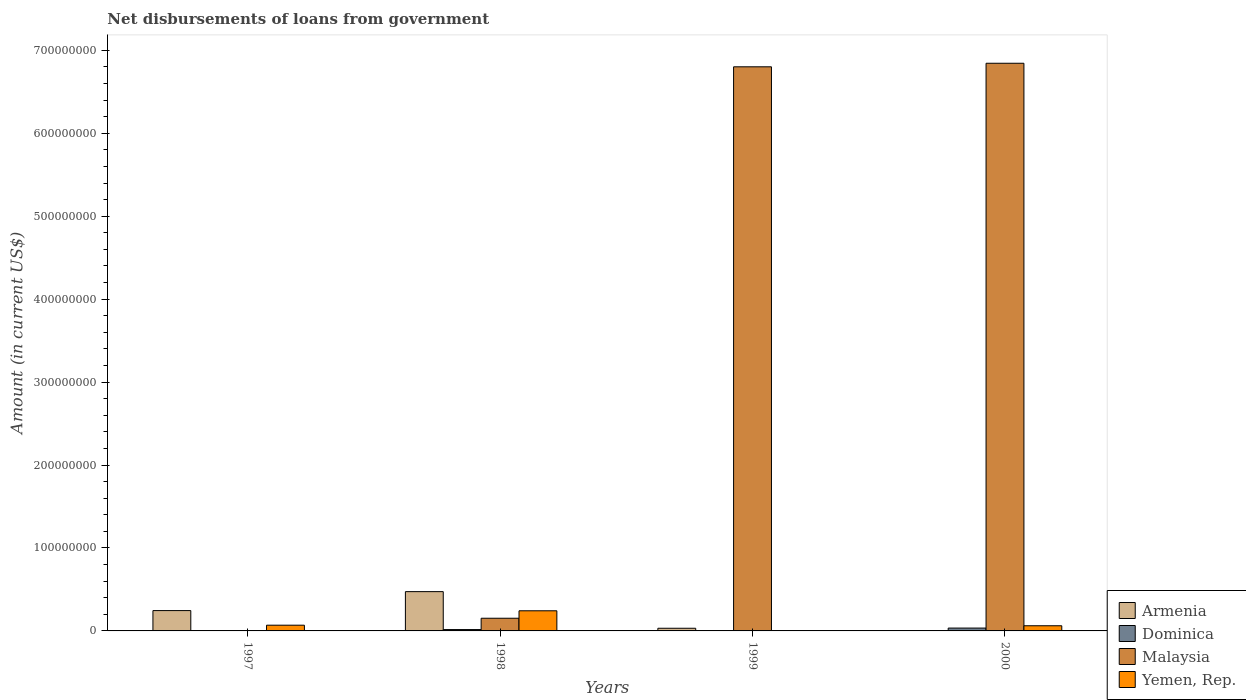
| Years | Armenia | Dominica | Malaysia | Yemen, Rep. |
 | --- | --- | --- | --- | --- |
 | 1997 | 2.45e+07 | -3.07e+06 | -1.15e+08 | 6.9e+06 |
 | 1998 | 4.74e+07 | 1.63e+06 | 1.53e+07 | 2.43e+07 |
 | 1999 | 3.22e+06 | -2.78e+06 | 6.8e+08 | -5.8e+06 |
 | 2000 | -1.04e+06 | 3.44e+06 | 6.84e+08 | 6.22e+06 |